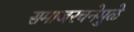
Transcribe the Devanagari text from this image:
समाजरचनेमुळे